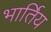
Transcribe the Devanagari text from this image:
भार्तिय